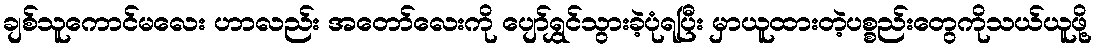
ချစ်သူကောင်မလေး ဟာလည်း အတော်လေးကို ပျော်ရွှင်သွားခဲ့ပုံရပြီး မှာယူထားတဲ့ပစ္စည်းတွေကိုသယ်ယူဖို့